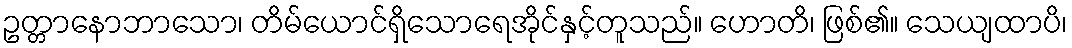
ဥတ္တာနောဘာသော၊ တိမ်ယောင်ရှိသောရေအိုင်နှင့်တူသည်။ ဟောတိ၊ ဖြစ်၏။ သေယျထာပိ၊